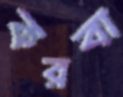
করবা